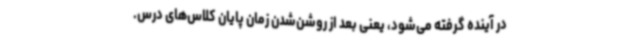
در آینده گرفته می‌شود، یعنی بعد از روشن‌شدن زمان پایان کلاس‌های درس.